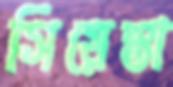
সিয়েস্তা